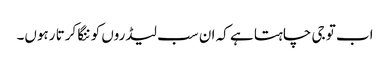
اب تو جی چاہتا ہے کہ ان سب لیڈروں کو ننگا کرتا رہوں۔